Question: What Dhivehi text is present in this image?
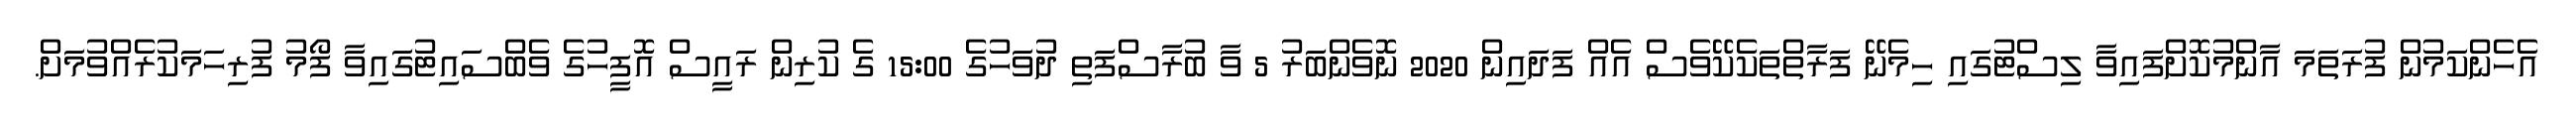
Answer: އެހެންކަމުން ފުރަތަމަ އާންމުކޮށްފައިވާ ލިސްޓުގައި ހިމެނޭ ފަރާތްތަކެކޭވެސް އެއް ފަދައިން 2020 ނޮވެންބަރު 5 ވާ ބުރާސްފަތި ދުވަހުގެ 15:00 ގެ ކުރިން ރައީސް އޮފީހުގެ ވެބްސައިޓުގައިވާ ފޯމު ފުރިހަމަކުރެއްވުމަށް.